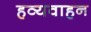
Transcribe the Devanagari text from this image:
हव्यवाहन